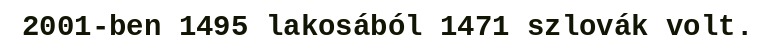
2001-ben 1495 lakosából 1471 szlovák volt.